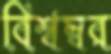
বিশ্বম্বর